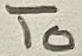
Text: To